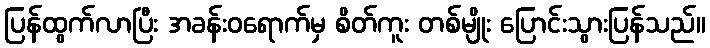
ပြန်ထွက်လာပြီး အခန်းဝရောက်မှ စိတ်ကူး တစ်မျိုး ပြောင်းသွားပြန်သည်။